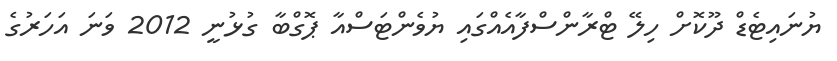
ޔުނައިޓެޑް ދޫކޮށް ހިލޭ ޓްރާންސްފާއެއްގައި ޔުވެންޓަސްއާ ޕޮގްބާ ގުޅުނީ 2012 ވަނަ އަހަރުގެ